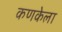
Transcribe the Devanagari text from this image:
कणकेला